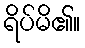
ရိပ်မိ၏။